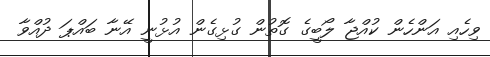
ވިހެއި އަންހެން ކުއްޖާ ލޯބީގެ ގޮތުން ގުޅިގެން އުޅުނީ އޭނާ ބައްޕަ ދުއްވާ